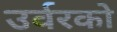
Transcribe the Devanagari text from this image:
उर्वरको